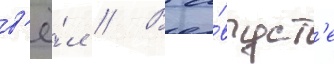
в'ё́л // В а́вгуст'е